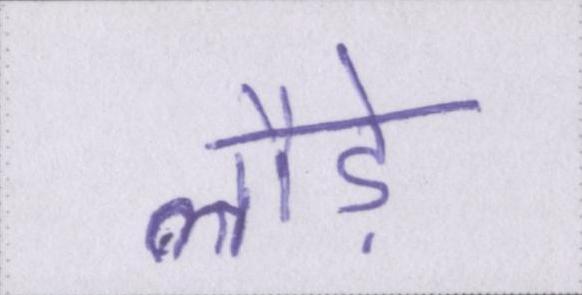
लौड़े